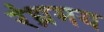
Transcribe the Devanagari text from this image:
रंध्रमय